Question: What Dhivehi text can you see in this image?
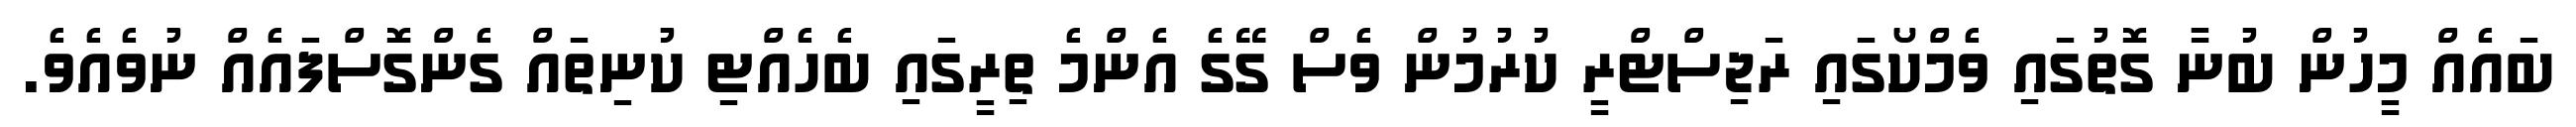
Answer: ބައެއް މީހުން ބުނާ ގޮތުގައި ވެމްކޯގައި ރަޖިސްޓްރީ ކުރުމުން ވެސް ގޭގެ އެންމެ ތިރީގައި ބެހެއްޓި ކުނިތައް ގެންގޮސްފައެއް ނުވެއެވެ.